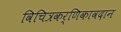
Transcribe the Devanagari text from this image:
विचित्रकर्णिकावदान